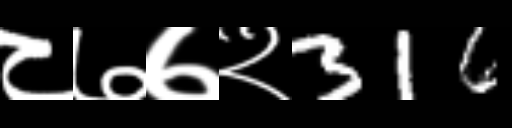
Text: ८७७२316